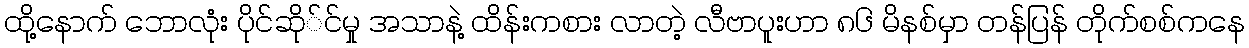
ထို့နောက် ဘောလုံး ပိုင်ဆို်င်မှု အသာနဲ့ ထိန်းကစား လာတဲ့ လီဗာပူးဟာ ၈၆ မိနစ်မှာ တန်ပြန် တိုက်စစ်ကနေ